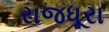
રાજધૂરા